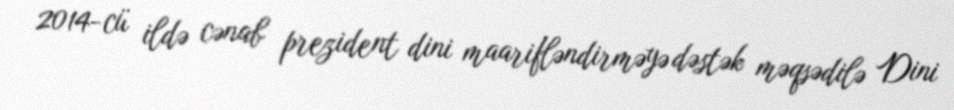
2014-cü ildə cənab prezident dini maarifləndirməyə dəstək məqsədilə Dini